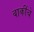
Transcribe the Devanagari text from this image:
बाकींचे